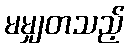
မမျှတသည့်